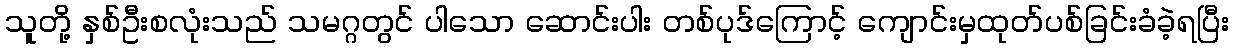
သူတို့ နှစ်ဦးစလုံးသည် သမဂ္ဂတွင် ပါသော ဆောင်းပါး တစ်ပုဒ်ကြောင့် ကျောင်းမှထုတ်ပစ်ခြင်းခံခဲ့ရပြီး